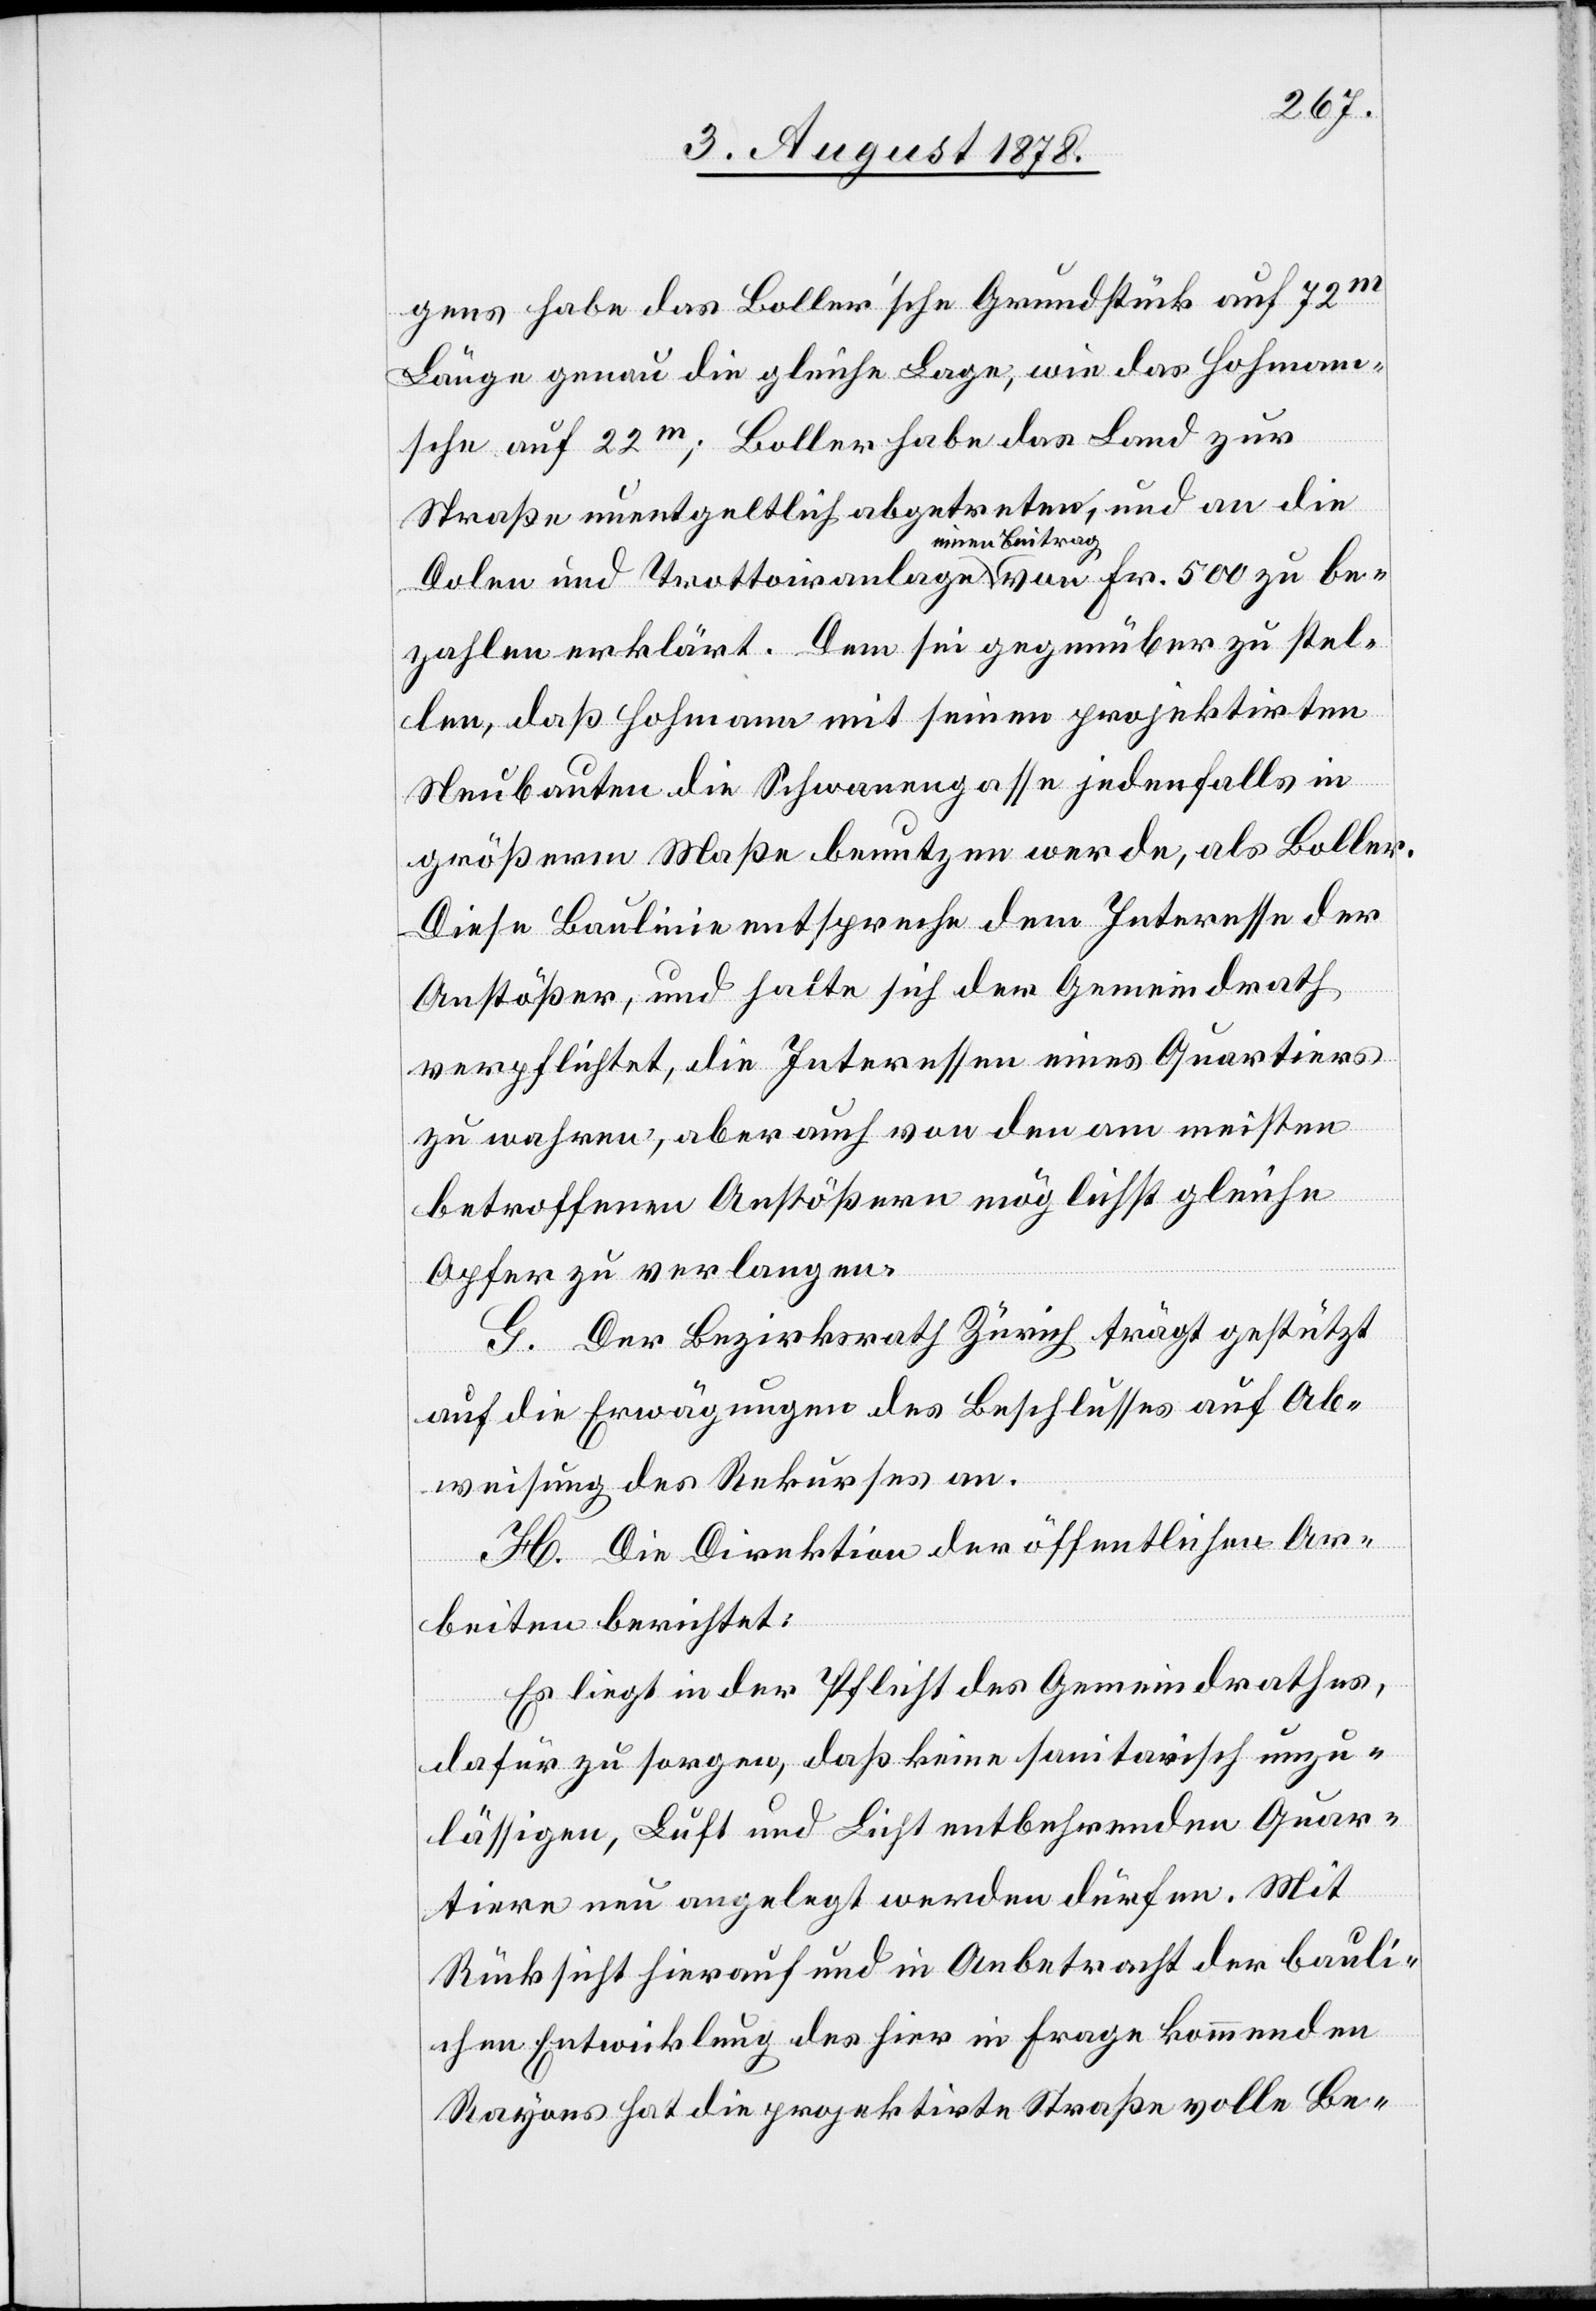
gens habe das Boller’sche Grundstück auf 72m
Länge genau die gleiche Lage, wie das Hohmann¬
sche auf 22m; Boller habe das Land zur
Straße unentgeltlich abgetreten, und an die
einen Beitrag
zahlen erklärt. Dem sei gegenüber zu stel¬
len, daß Hohmann mit seinen projektirten
Neubauten die Schwanengasse jedenfalls in
größerm Maße benutzen werde, als Boller.
Diese Baulinie entspreche dem Interesse der
Anstößer, und halte sich der Gemeindrath
verpflichtet, die Interessen eines Quartiers
zu wahren, aber auch von den am meisten
betroffenen Anstößern möglichst gleiche
Opfer zu verlangen.
G. Der Bezirksrath Zürich trägt gestützt
auf die Erwägungen des Beschlusses auf Ab¬
weisung des Rekurses an.
H. Die Direktion der öffentlichen Ar¬
beiten berichtet:
Es liegt in der Pflicht des Gemeindrathes,
be¬
dafür zu sorgen, daß keine sanitarisch unzu¬
lässigen, Luft und Licht entbehrenden Quar¬
tiere neu angelegt werden dürfen. Mit
Rücksicht hierauf und in Anbetracht der bauli¬
chen Entwicklung des hier in Frage kommenden
Rayons hat die projektirte Straße volle Be-